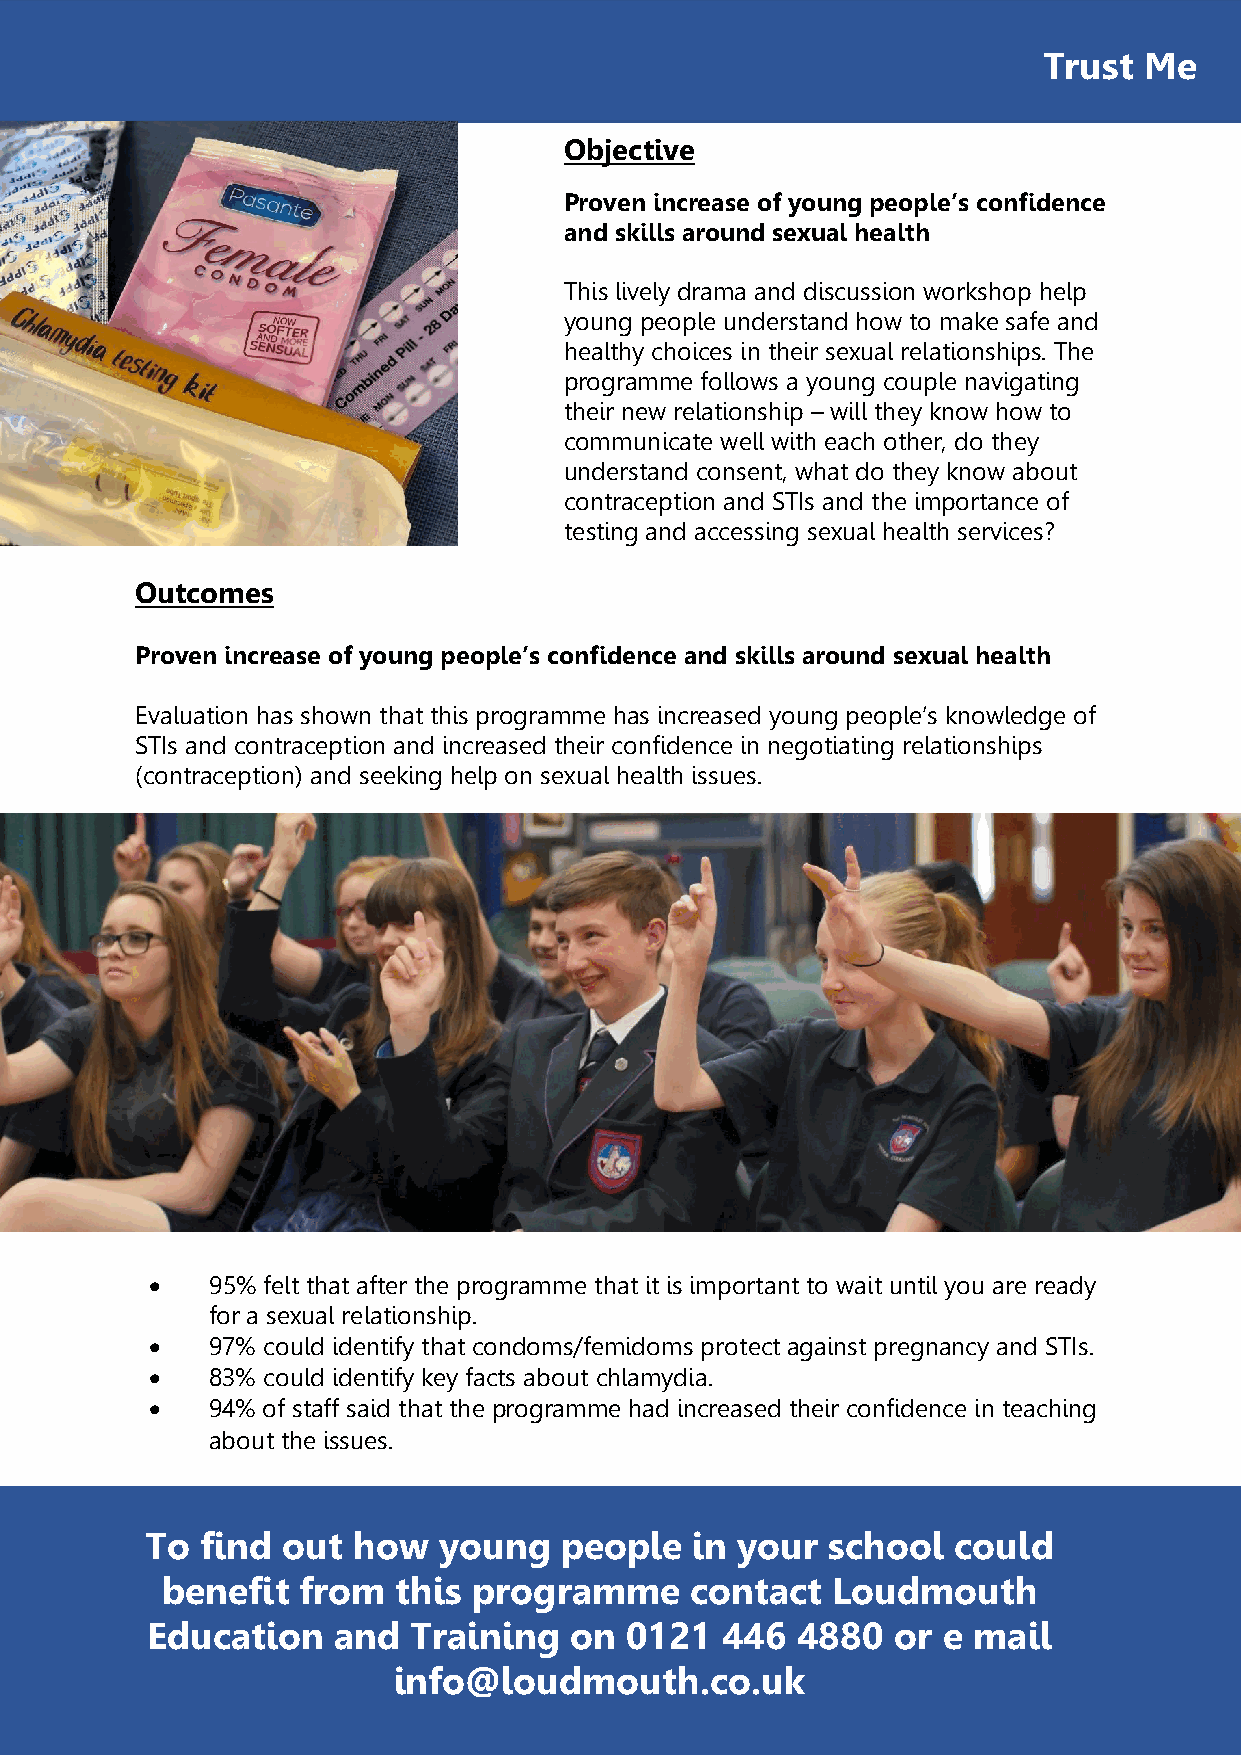
Trust  Me
 Objective
 Proven increase of young people’s confidence
 and skills around sexual health
 This lively drama and discussion workshop help
 young people understand how to make safe and
 healthy choices in their sexual relationships. The
 programme follows a young couple navigating
 their new relationship – will they know how to
 communicate well with each other, do they
 understand consent, what do they know about
 contraception and STIs and the importance of
 testing and accessing sexual health services?
 Outcomes
 Proven increase of young people’s confidence and skills around sexual health
 Evaluation has shown that this programme has increased young people’s knowledge of
 STIs and contraception and increased their confidence in negotiating relationships
 (contraception) and seeking help on sexual health issues.
 •   95% felt that after the programme that it is important to wait until you are ready
 for a sexual relationship.
 •   97% could identify that condoms/femidoms protect against pregnancy and STIs.
 •   83% could identify key facts about chlamydia.
 •   94% of staff said that the programme had increased their confidence in teaching
 about the issues.
 To find  out how   young   people   in your  school  could
 benefit  from  this programme      contact  Loudmouth
 Education   and  Training   on 0121   446  4880  or e mail
 info@loudmouth.co.uk